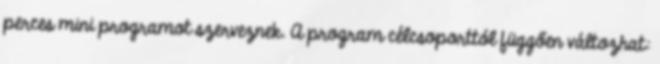
perces mini programot szerveznek. A program célcsoporttól függően változhat: